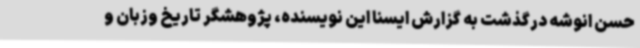
حسن انوشه درگذشت به گزارش ایسنا این نویسنده، پژوهشگر تاریخ وزبان و